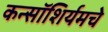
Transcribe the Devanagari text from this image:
कन्सॉशिर्यमचे